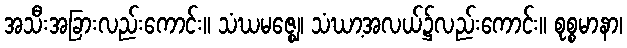
အသီးအခြားလည်းကောင်း။ သံဃမဇ္ဈေ၊ သံဃာ့အလယ်၌လည်းကောင်း။ စုစ္စမာနာ၊